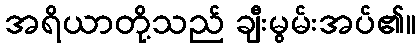
အရိယာတို့သည် ချီးမွမ်းအပ်၏။